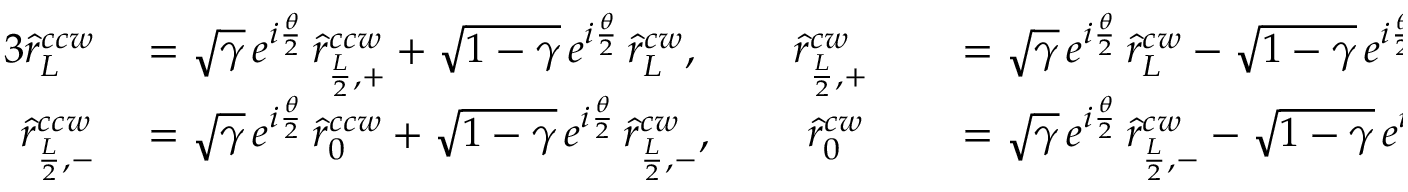
\begin{array} { r l r l } { { 3 } \hat { r } _ { L } ^ { c c w } } & { { } = \sqrt { \gamma } \, e ^ { i \frac { \theta } { 2 } } \, \hat { r } _ { \frac { L } { 2 } , + } ^ { c c w } + \sqrt { 1 - \gamma } \, e ^ { i \frac { \theta } { 2 } } \, \hat { r } _ { L } ^ { c w } , \; \; \; \; \; \; \; \; \hat { r } _ { \frac { L } { 2 } , + } ^ { c w } } & { } & { { } = \sqrt { \gamma } \, e ^ { i \frac { \theta } { 2 } } \, \hat { r } _ { L } ^ { c w } - \sqrt { 1 - \gamma } \, e ^ { i \frac { \theta } { 2 } } \, \hat { r } _ { \frac { L } { 2 } , + } ^ { c c w } , } \\ { \hat { r } _ { \frac { L } { 2 } , - } ^ { c c w } } & { { } = \sqrt { \gamma } \, e ^ { i \frac { \theta } { 2 } } \, \hat { r } _ { 0 } ^ { c c w } + \sqrt { 1 - \gamma } \, e ^ { i \frac { \theta } { 2 } } \, \hat { r } _ { \frac { L } { 2 } , - } ^ { c w } , \; \; \; \; \; \; \; \; \hat { r } _ { 0 } ^ { c w } } & { } & { { } = \sqrt { \gamma } \, e ^ { i \frac { \theta } { 2 } } \, \hat { r } _ { \frac { L } { 2 } , - } ^ { c w } - \sqrt { 1 - \gamma } \, e ^ { i \frac { \theta } { 2 } } \, \hat { r } _ { 0 } ^ { c c w } . } \end{array}